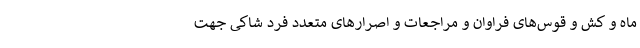
ماه و کش و قوس‌های فراوان و مراجعات و اصرارهای متعدد فرد شاکی جهت